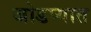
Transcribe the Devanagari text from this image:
जोडप्यात